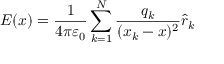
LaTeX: { \boldsymbol { E } } ( { \boldsymbol { x } } ) = { \frac { 1 } { 4 \pi \varepsilon _ { 0 } } } \sum _ { k = 1 } ^ { N } { \frac { q _ { k } } { ( { \boldsymbol { x } } _ { k } - { \boldsymbol { x } } ) ^ { 2 } } } { \hat { \boldsymbol { r } } } _ { k }